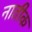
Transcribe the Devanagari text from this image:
नातीक